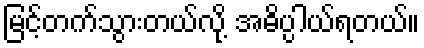
မြင့်တက်သွားတယ်လို့ အဓိပ္ပါယ်ရတယ်။